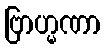
ဗြာဟ္မဏာ